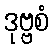
ဒုဗ္ဗစံ